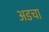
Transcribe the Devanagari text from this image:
अडचा